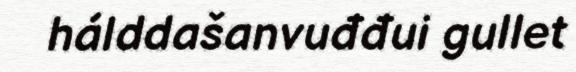
hálddašanvuđđui gullet